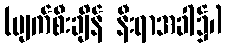
(ပျက်စီးချိန် နီးရာအခါ၌၊)